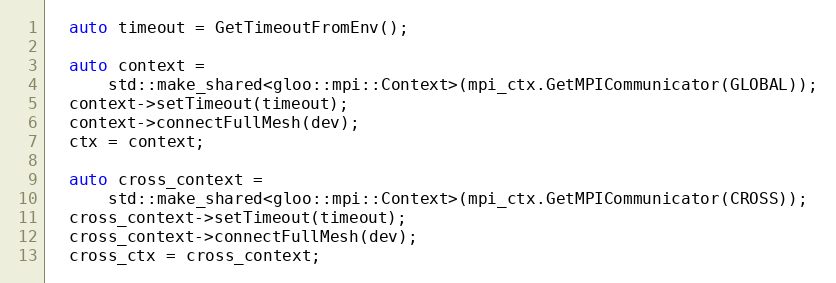
Language: C++
  auto timeout = GetTimeoutFromEnv();

  auto context =
      std::make_shared<gloo::mpi::Context>(mpi_ctx.GetMPICommunicator(GLOBAL));
  context->setTimeout(timeout);
  context->connectFullMesh(dev);
  ctx = context;

  auto cross_context =
      std::make_shared<gloo::mpi::Context>(mpi_ctx.GetMPICommunicator(CROSS));
  cross_context->setTimeout(timeout);
  cross_context->connectFullMesh(dev);
  cross_ctx = cross_context;